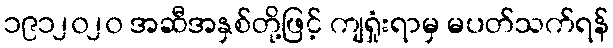
၁၉၁၂၀၂၀ အဆီအနှစ်တို့ဖြင့် ကျရှုံးရာမှ မပတ်သက်ရန်